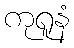
ကုရူနံ